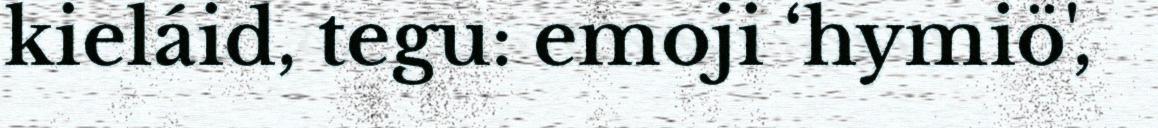
kieláid, tegu: emoji ‘hymiö',